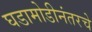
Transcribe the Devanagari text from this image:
घडामोडीनंतरचे